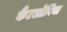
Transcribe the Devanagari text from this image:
कैंटलोनिया